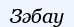
Зәбау